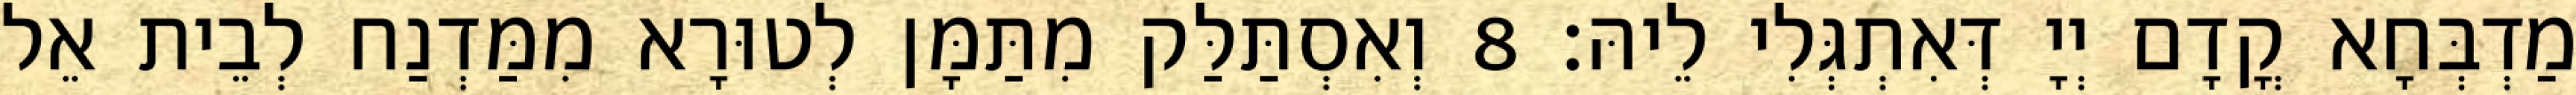
מַדְבְּחָא קֳדָם יְיָ דְּאִתְגְּלִי לֵיהּ׃ 8 וְאִסְתַּלַּק מִתַּמָּן לְטוּרָא מִמַּדְנַח לְבֵית אֵל